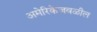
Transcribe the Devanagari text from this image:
अमेरिकेजवळील